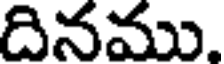
దినము.